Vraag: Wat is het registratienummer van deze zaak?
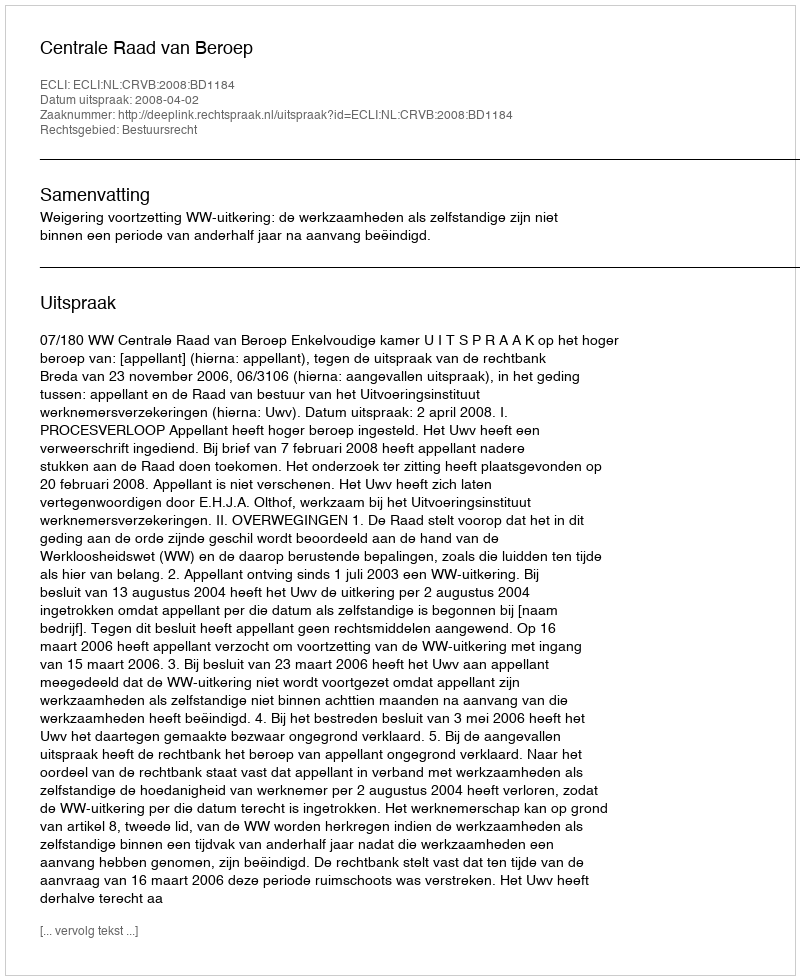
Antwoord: http://deeplink.rechtspraak.nl/uitspraak?id=ECLI:NL:CRVB:2008:BD1184